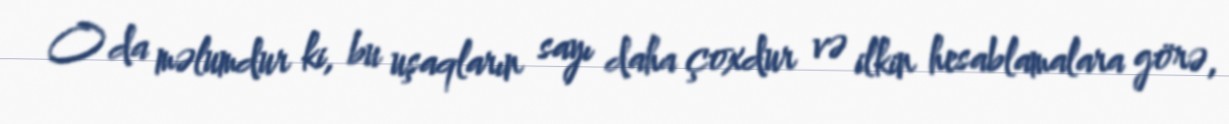
O da məlumdur ki, bu uşaqların sayı daha çoxdur və ilkin hesablamalara görə,